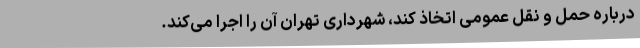
درباره حمل و نقل عمومی اتخاذ کند، شهرداری تهران آن را اجرا می‌کند.